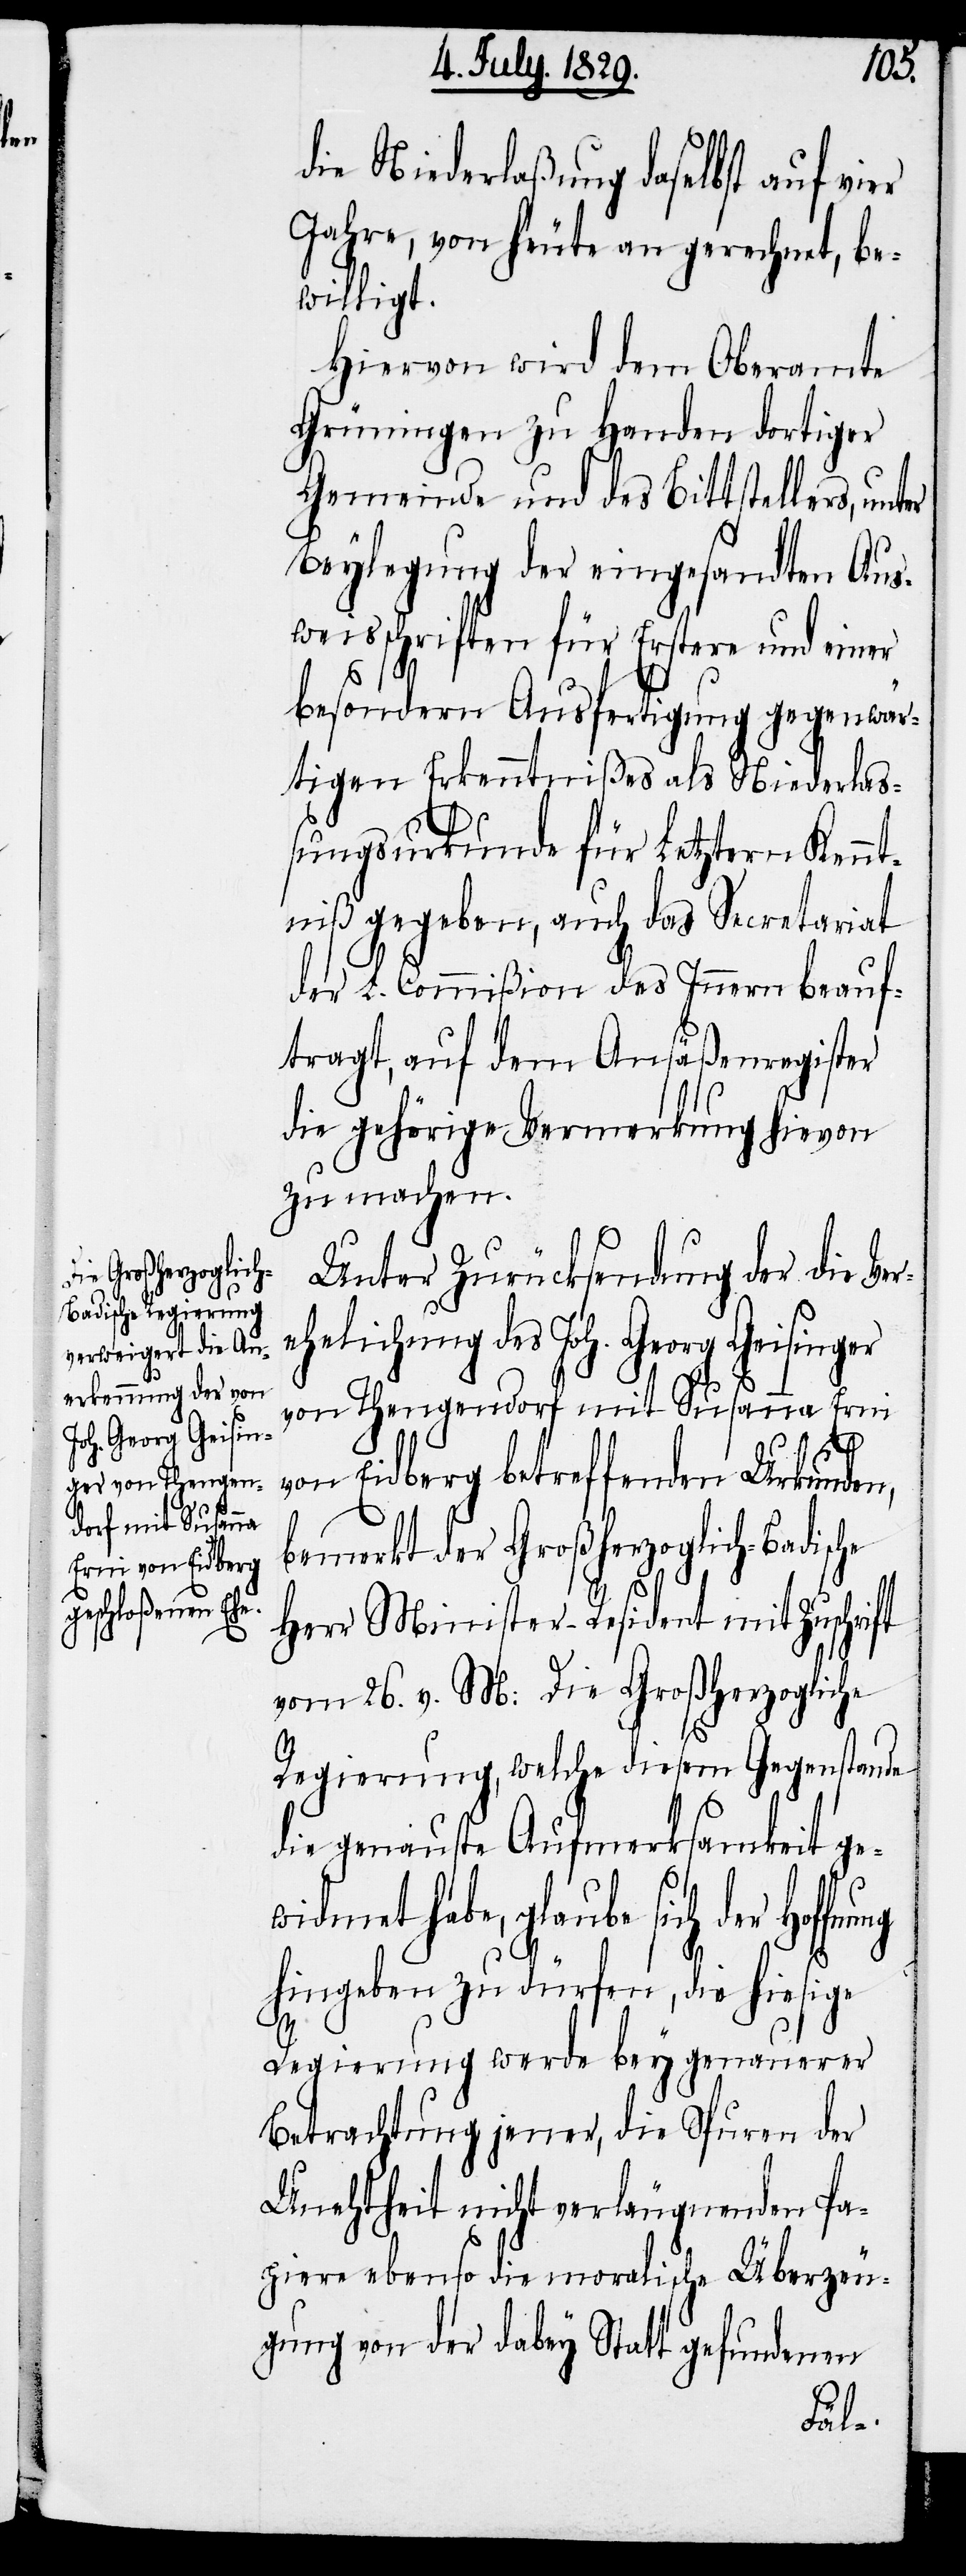
die Niederlaßung daselbst auf vier
Jahre, von heute an gerechnet, be¬
willigt.
Hiervon wird dem Oberamte
Grüningen zu Handen dortiger
Gemeinde und des Bittstellers, un¬
Beylegung der eingesandten Aus¬
weisschriften für Erstere und einer
besondern Ausfertigung gegenwär¬
tigen Erkenntnißes als Niederlaß¬
ungsurkunde für Letztern Kennt¬
niß gegeben, auch das Secretariat
der L. Commißion des Innern beauf¬
tragt, auf dem Ansäßenregister
die gehörige Vermerkung hievon
zu machen.
Unter Zurücksendung der die Ve¬
ehelichung des Joh. Georg Geisinger
von Thengendorf mit Susanna Erni
ter
von Eidberg betreffenden Urkunden,
bemerkt der Großherzoglich-Badische
r¬
Herr Minister-Resident mit Zuschrift
vom 26. v. M: Die Großherzogliche
Regierung, welche diesem Gegenstande
die genauste Aufmerksamkeit gew¬
idmet habe, glaube sich der
hingeben zu dürfen, die hiesige
Regierung werde bey genauerer
Betrachtung jener, die Spuren der
Unechtheit nicht verleugnenden Pa¬
piere ebenso die moralische Überzeu¬
gung von der dabey Statt gefundenen